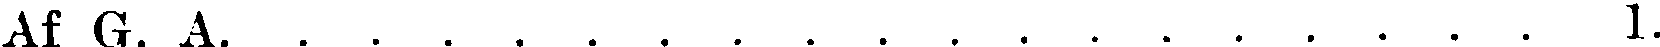
Af G. A 1.